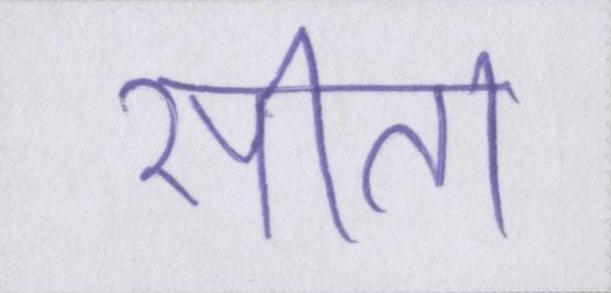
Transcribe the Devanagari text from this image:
सीता